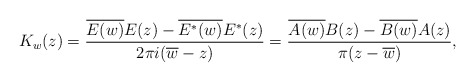
\begin{align*}K_w(z)=\frac{\overline{E(w)} E(z) - \overline{E^*(w)} E^*(z)}{2\pi i(\overline w-z)} =\frac{\overline{A(w)} B(z) -\overline{B(w)}A(z)}{\pi(z-\overline w)},\end{align*}